Vital statistics of India. Vol. IV, Annual returns from 1871 to 1876. British Army of India, Native Army and jails of Bengal
Year: 1871
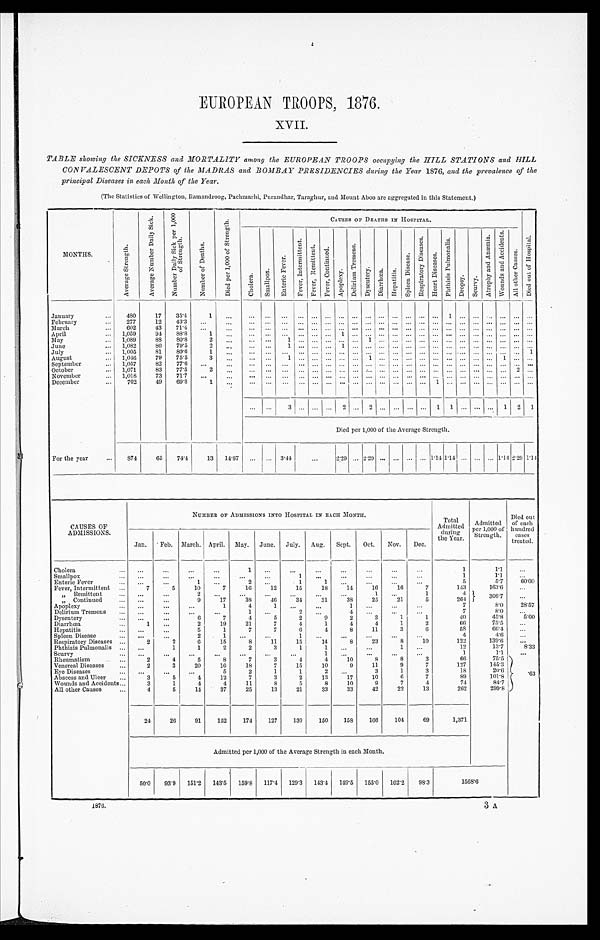
EUROPEAN TROOPS, 1876.
XVII.
TABLE showing the SICKNESS and MORTALITY among the EUROPEAN TROOPS occupying the HILL STATIONS and HILL
CONVALESCENT DEPOTS of the MADRAS and BOMBAY PRESIDENCIES during the Year 1876, and the prevalence of the
principal Diseases in each Month of the Year.
(The Statistics of Wellington, Ramandroog, Pachmarhi, Purandhar, Taraghur, and Mount Aboo are aggregated in this Statement.)
MONTHS.
A v e r a g e S t r e n g t h .
A v e r a g e N u m b e r D a i l y S i c k .
N u m b e r D a i l y S i c k p e r 1 , 0 0 0 o f S t r e n g t h .
N u m b e r o f D e a t h s .
D i e d p e r 1 , 0 0 0 o f S t r e n g t h .
C A U S E S O F D E A T H S I N H O S P I T A L .
D i e d o u t o f H o s p i t a l .
C h o l e r a .
S m a l l p o x .
E n t e r i c F e v e r .
F e v e r , I n t e r m i t t e n t .
F e v e r , R e m i t t e n t .
F e v e r , C o n t i n u e d .
A p o p l e x y .
D e l i r i u m T r e m e n s .
D y s e n t e r y .
D i a r r h œ a .
H e p a t i t i s .
S p l e e n D i s e a s e s .
R e s p i r a t o r y D i s e a s e s .
H e a r t D i s e a s e s .
p h t h i s i s P u l m o n a l i s .
D r o p s y . S c u r v y .
A t r o p h y a n d A n æ m i a .
W o u n d s a n d A c c i d e n t s .
A l l o t h e r C a u s e s .
January
...
480
17
35.4
1
. . . ... ... . . .
... ... ... ... ... ... ... ...
. . .
... ... 1
. . .
. . .
. . .
...
...
...
February
...
277
12
43.3
...
...
. . . ... ... ... ... ... ... ...
. . . . . . ...
. . . . . . ... ...
. . . . . .
. . . ... ... ...
March
...
602
43
71.4
...
...
... ...
. . . ... ... ... ... ... ... ... ... ... ... ... ... ...
. . .
. . . ... ... ...
April
. . . 1,059
94 88.8
1
...
. . .
. . .
. . .
. . .
...
. . . 1 . . . . . . . . .
...
. . . . . .
... ...
. . . . . . . . . ... ... ...
May
... 1,089
88
80.8
2 ...
... ...
1
. . .
...
. . . . . . . . . 1
. . .
...
. . . . . .
... ...
. . . . . . ... ... ... ...
June
... 1,082
86
79.5
2
...
... ...
1 . . .
...
. . . 1 . . . . . . . . .
...
. . . . . .
... ...
. . . . . . ... ... ... ...
July
... 1,005
81
80.6
1
. . . ...
. . .
. . .
. . . ...
. . . ... ... ... ... ... ... ... ... ... ... ... ... ... ... 1
August
... 1,046
79
75.5
3
...
... ...
1
. . .
...
.
..
. . . ... 1 ... ... ... ... ... ... ... ... ... 1 ... ...
September
... 1,057
82
77.6
...
...
... ... ... ... ... ... ... ... ... ... ... ... ... ... ... ... ... ... .. ... ...
October
. . . 1,071
83
77.5
2
...
... ... ... ... ... ... ... ... ... ... ... ... ... ... ... ... ... ... ... ... ...
November
... 1,018
73
71.7
...
...
... ... ... ... ... ... ... ... ... ... ... ... ... ... ... ... ... ... ... ... ...
December
...
702
49
69.8
1
...
. . .
. . .
. . .
. . .
...
. . . . . . . . . . . . . . .
...
. . . . . .
1 ...
. . . . . .
. . .
... ... ...
... ...
3
. . .
...
. . . 2
. . . 2
. . . ... ... ... 1 1
. . . . . . ... 1 2 1
Died per 1,000 of the Average Strength.
For the year
...
8 7 4 65
74.4
13 14.87 ... ... 3.44
...
2.29 ... 2.29 ... ... ... ... 1.14 1.14 . . . ... ... 1.14 2.29 1.14
CAUSES OF
ADMISSIONS.
NUMBER OF ADMISSIONS INTO HOSPITAL IN EACH MONTH.
Total
Admitted
during
the Year.
Admitted
per 1,000 of
Strength.
Died out
of each
hundred
cases
treated.
Jan.
Feb. March. April. May. June. July. Aug. Sept. Oct.
Nov.
Dec.
Cholera
. . . ...
...
...
...
1
. . . ...
...
...
. . .
. . .
...
1
1 . 1
...
Smallpox
. . .
. . .
. . .
. . .
...
...
...
1
...
...
. . .
. . .
...
1
1.1
...
Enteric Fever
...
...
...
1
. . .
2
. . .
1
1
. . .
. . .
...
...
5
5.7
60.00
Fever, Intermittent ...
7
5
10
7
16
12
15
18
14
16
16
7
143
163.6
...
, , R e m i t t e n t
...
...
...
2
. . . ...
...
...
...
...
1
. . .
1
4
3 0 6 . 7
...
„ Continued
. . . ...
...
9
17
38
46
34
31
38
25
21
5
264
Apoplexy
...
...
...
...
1
4
1
. . .
. . .
1
...
. . . ...
7
8.0
28.57
Delirium Tremens
...
...
...
. . .
...
1
...
2
. . .
4
. . .
...
...
7
8.0
...
Dysentery
...
...
. . .
6
7
4
5
2
9
2
3
1
1
40
45.8
5.00
Diarrhœa
. . .
1
. . .
2
19
21
7
4
1
4
4
1
2
66
75.5
...
Hepatitis
. . . ...
...
5
1
7
7
6
4
8
11
3
6
5 8
66.44
...
Spleen Disease
...
...
. . .
2
1
...
...
1
. . . ...
...
...
...
4
4.6
...
Respiratory Diseases ...
2
2
6
15
8
11
15
14
8
23
8
10
122
139.6
...
Phthisis Pulmonalis
. . . ...
1
1
2
2
3
1
1
...
...
1
. . .
12
13.7
8. 33
Scurvy
...
...
...
...
. . .
. . .
...
. . .
1
...
...
...
...
1
1.1
...
Rheumatism
...
2
4
5
8
7
3
4
4
10
8
8
3
66
75.5
. 6 3
Venereal Diseases
...
2
3
20
10
18
7
15
10
9
11
9
7
127
145.3
Eye Diseases
...
...
...
...
5
2
1
1
2
. . .
3
1
3
18
20.6
Abscess and Ulcer
...
3
5
4
12
7
3
2
13
17
10
6
7
89
101.8
Wounds and Accidents...
3
1
4
4
11
8
5
8
10
9
7
4
74
84.7
All other Causes
...
4
5
14
37
25
13
21
33
33
42
22
13
262
299.8
24
26
91
152
174
127
130
150
158
166
104
69
1,371
Admitted per 1,000 of the Average Strength in each Month.
50.0 93.9 151.2 143.5 159.8 117.4 129.3 143.4 149.5 155.0 102.2
98.3
1568.6
1876.
3A